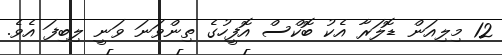
12 މިލިއަން ޑޮލަރާ އެކު ބޮކްސް އޮފީހުގެ ތިންވަނަ ވަނީ ލިބިފަ އެވެ.